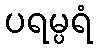
ပရမ္ပရံ